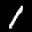
Label: 1